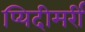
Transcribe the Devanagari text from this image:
प्यिदीमर्री